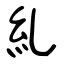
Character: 糺